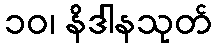
၁၀၊ နိဒါနသုတ်